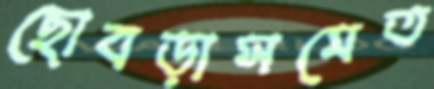
ছোবড়াসমেত